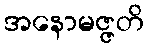
အနောမဇ္ဇတိ